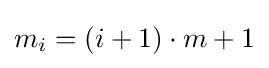
m_{i}=(i+1)\cdot m+1